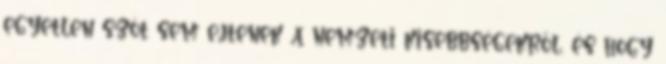
egyetlen szót sem ejtenek a nemzeti kisebbségekről, és hogy